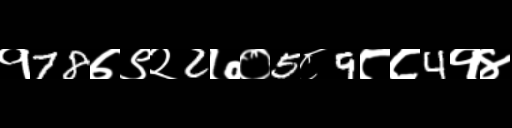
Text: १78७९२2७०5८9८८4१४